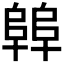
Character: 𱀝